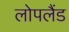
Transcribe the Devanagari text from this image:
लोपलैंड